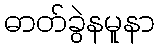
ဓာတ်ခွဲနမူနာ